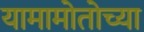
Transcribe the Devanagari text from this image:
यामामोतोच्या